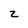
Character: z